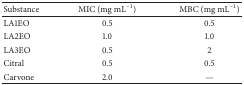
<table><thead><tr><td><b>Substance</b></td><td><b>MIC (mg mL<sup>−1</sup>)</b></td><td><b>MBC (mg mL<sup>−1</sup>)</b></td></tr></thead><tbody><tr><td>LA1EO</td><td>0.5</td><td>0.5</td></tr><tr><td>LA2EO</td><td>1.0</td><td>1.0</td></tr><tr><td>LA3EO</td><td>0.5</td><td>2</td></tr><tr><td>Citral</td><td>0.5</td><td>0.5</td></tr><tr><td>Carvone</td><td>2.0</td><td>—</td></tr></tbody></table>